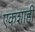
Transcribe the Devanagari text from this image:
एकशाही